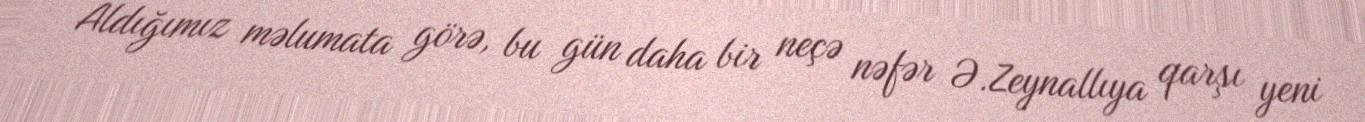
Aldığımız məlumata görə, bu gün daha bir neçə nəfər Ə.Zeynallıya qarşı yeni